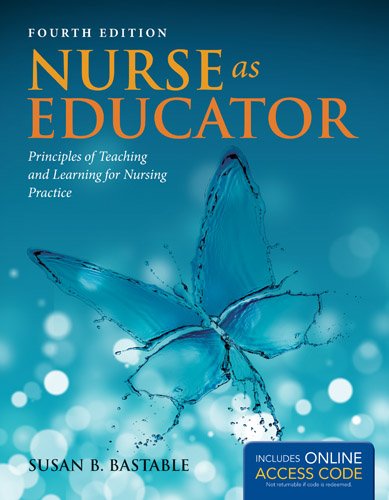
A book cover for Nurse As Educator: Principles of Teaching and Learning for Nursing Practice (Bastable, Nurse as Educator); Susan B. Bastable; Medical Books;